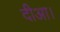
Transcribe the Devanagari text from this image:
दीआ।